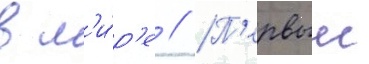
в м'и́р'е // П'ервыи